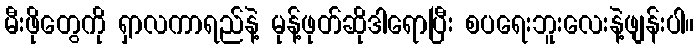
မီးဖိုတွေကို ရှာလကာရည်နဲ့ မုန့်ဖုတ်ဆိုဒါရောပြီး စပရေးဘူးလေးနဲ့ဖျန်းပါ။